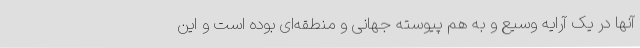
آنها در یک آرایه وسیع و به هم پیوسته جهانی و منطقه‌ای بوده است و این